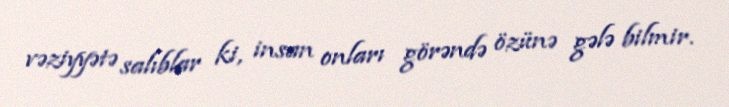
vəziyyətə salıblar ki, insan onları görəndə özünə gələ bilmir.